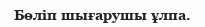
Бөліп шығарушы ұлпа.